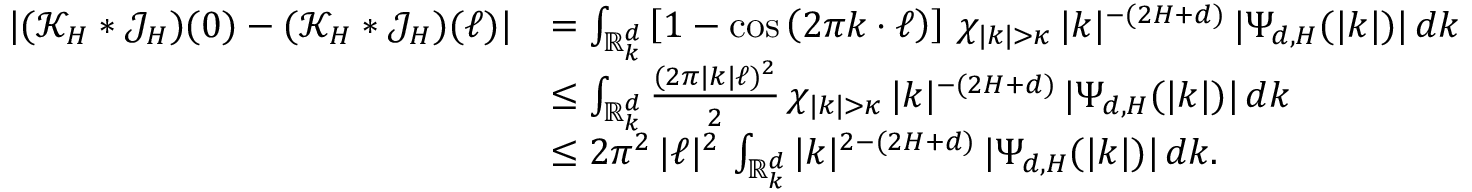
\begin{array} { r l } { | ( \mathcal { K } _ { H } \ast \mathcal { J } _ { H } ) ( 0 ) - ( \mathcal { K } _ { H } \ast \mathcal { J } _ { H } ) ( \ell ) | } & { = \int _ { \mathbb R _ { k } ^ { d } } \left[ 1 - \cos \left( 2 \pi k \cdot \ell \right) \right] \, \chi _ { | k | > \kappa } \, | k | ^ { - ( 2 H + d ) } \, | \Psi _ { d , H } ( | k | ) | \, d k } \\ & { \leq \int _ { \mathbb R _ { k } ^ { d } } \frac { ( 2 \pi | k | \ell ) ^ { 2 } } { 2 } \, \chi _ { | k | > \kappa } \, | k | ^ { - ( 2 H + d ) } \, | \Psi _ { d , H } ( | k | ) | \, d k } \\ & { \leq 2 \pi ^ { 2 } \, | \ell | ^ { 2 } \, \int _ { \mathbb R _ { k } ^ { d } } | k | ^ { 2 - ( 2 H + d ) } \, | \Psi _ { d , H } ( | k | ) | \, d k . } \end{array}